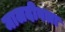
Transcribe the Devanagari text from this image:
मालदीवला